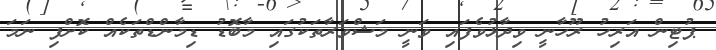
ޕުޓިން އަރިހު ރޫހާނީ ވިދާޅުވެފައި ވަނީ މަޝްވަރާތަކުގައި މާބޮޑު ޑިމާންޑްތަކެއް ކޮށްފި ނަމަ